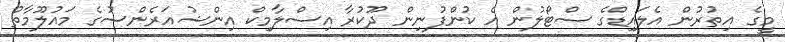
މީގެ އިތުރުން އެލައިޑްގެ ސްޓޯލުން އެ ކުންފުނިން ދޫކުރާ އިސްލާމިކް އިންޝުއަރެންސުގެ މައުލޫމާތު